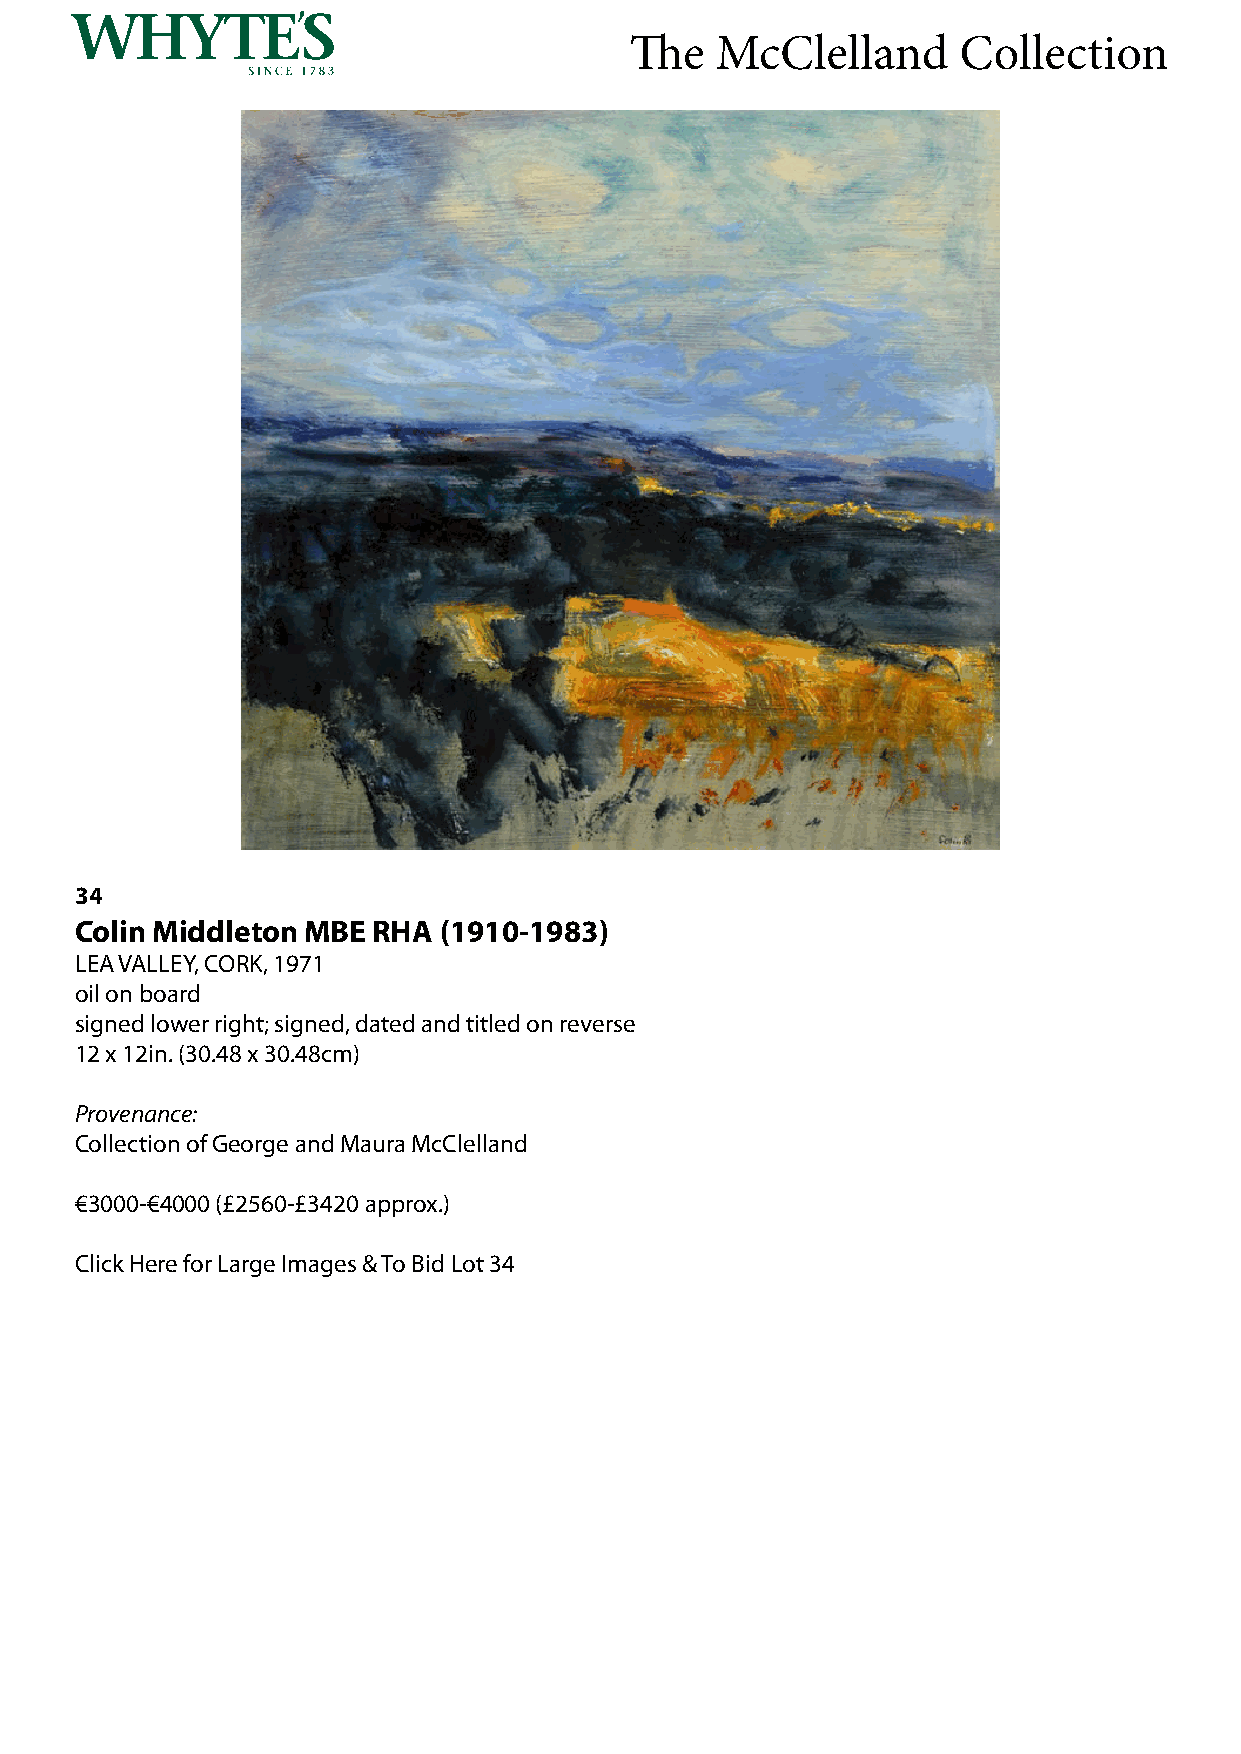
The  McClelland      Collection
 34
 Colin Middleton MBE RHA (1910-1983)
 LEA VALLEY, CORK, 1971
 oil on board
 signed lower right; signed, dated and titled on reverse
 12 x 12in. (30.48 x 30.48cm)
 Provenance:
 Collection of George and Maura McClelland
 €3000-€4000 (£2560-£3420 approx.)
 Click Here for Large Images & To Bid Lot 34